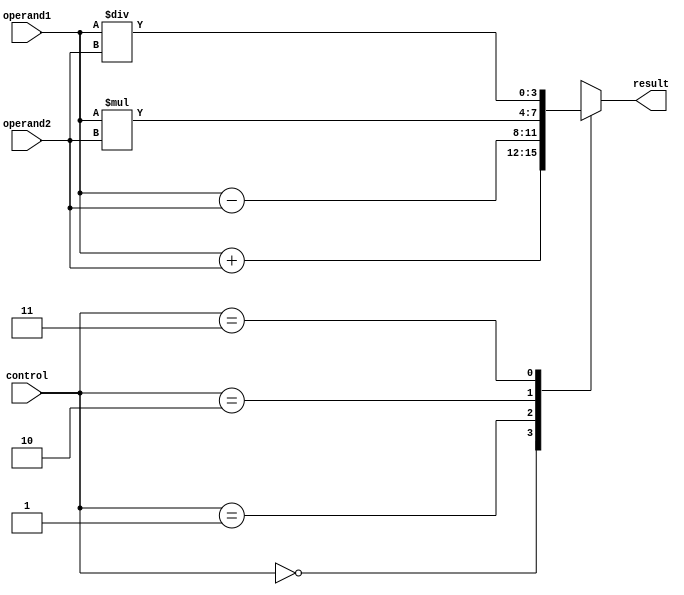
module ALU (
    input [3:0] operand1,
    input [3:0] operand2,
    input [1:0] control,
    output [3:0] result
);

reg [3:0] add_result, sub_result, mul_result, div_result;

// Arithmetic blocks
assign add_result = operand1 + operand2;
assign sub_result = operand1 - operand2;
assign mul_result = operand1 * operand2;
assign div_result = operand1 / operand2;

// Control logic
always @*
begin
    case(control)
        2'b00: result = add_result; // Addition
        2'b01: result = sub_result; // Subtraction
        2'b10: result = mul_result; // Multiplication
        2'b11: result = div_result; // Division
    endcase
end

endmodule